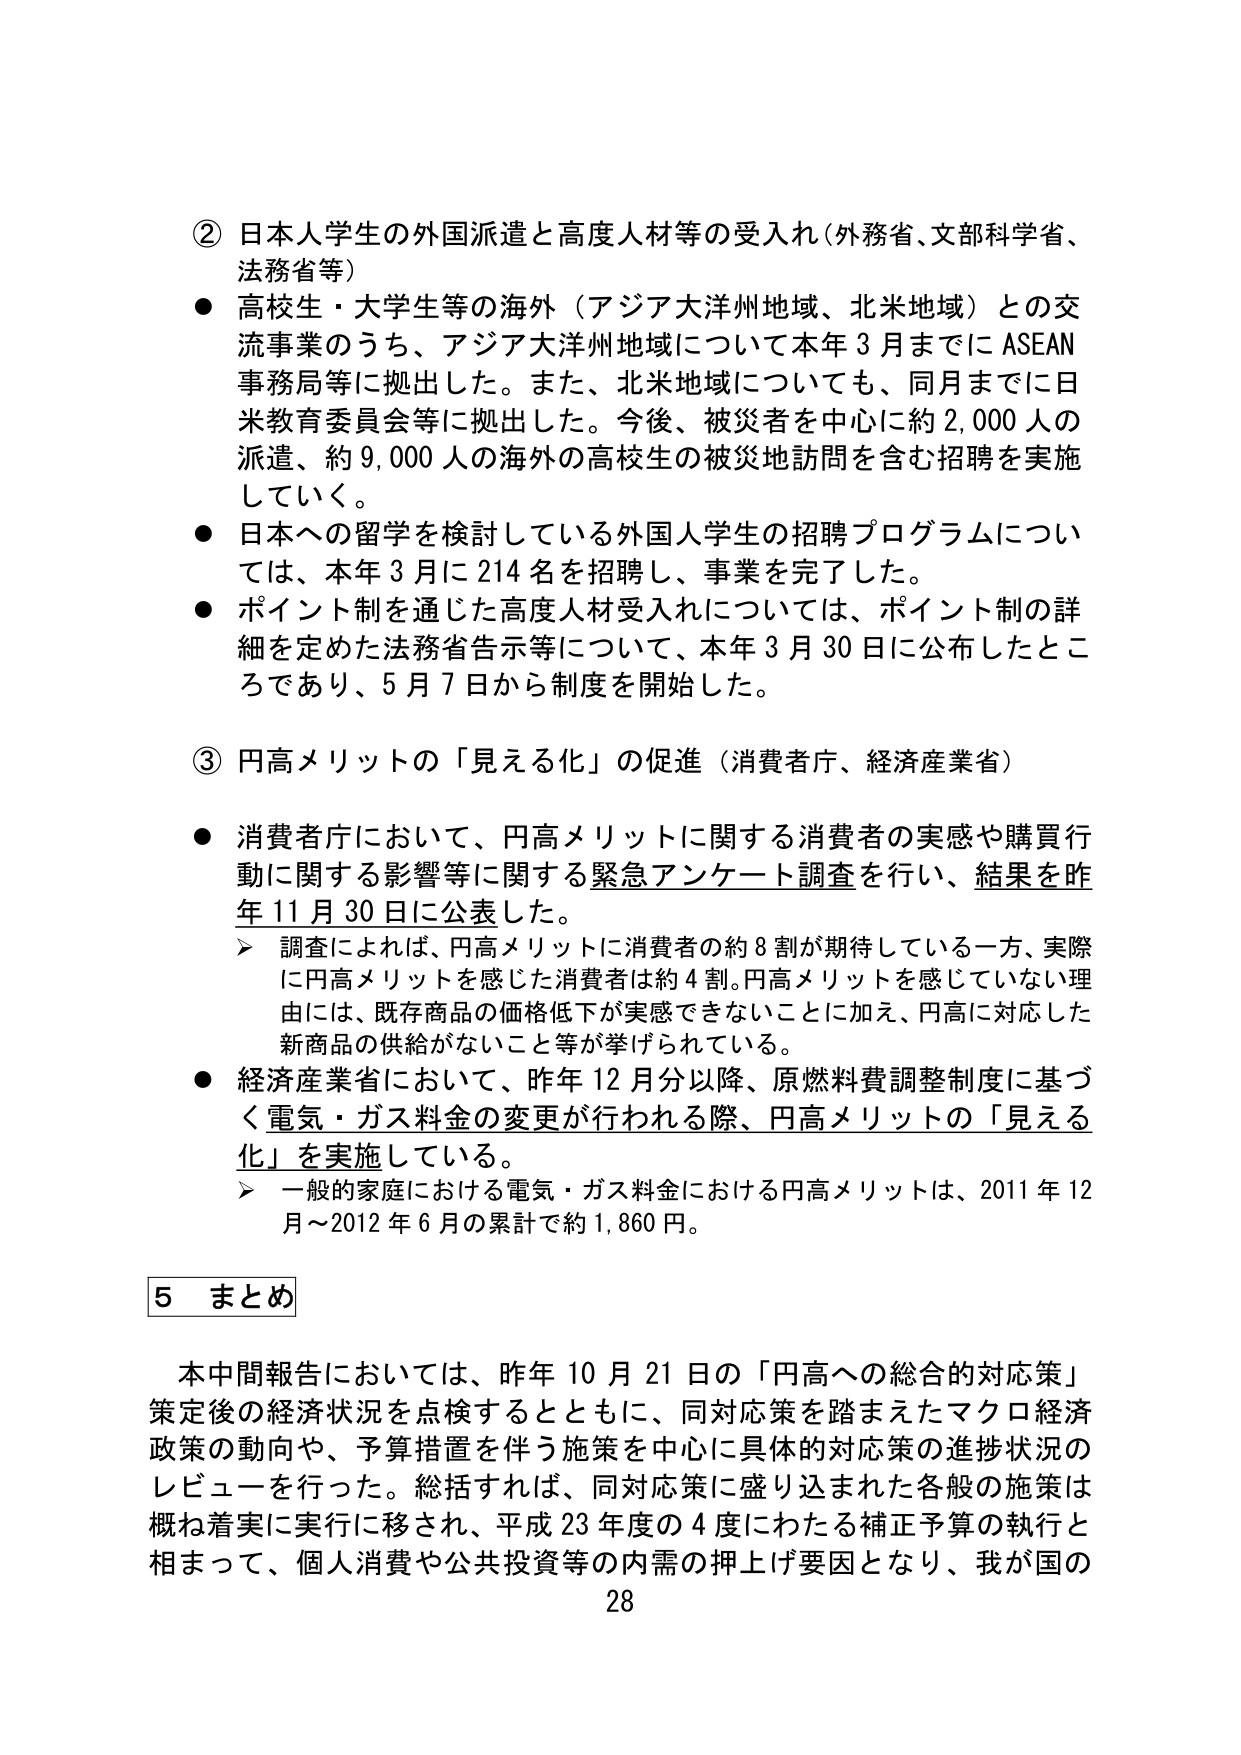
② 日本人学生の外国派遣と高度人材等の受入れ（外務省、文部科学省、法務省等）
● 高校生・大学生等の海外（アジア大洋州地域、北米地域）との交流事業のうち、アジア大洋州地域について本年３月までにASEAN事務局等に拠出した。また、北米地域についても、同月までに日米教育委員会等に拠出した。今後、被災者を中心に約2,000人の派遣、約9,000人の海外の高校生の被災地訪問を含む招聘を実施していく。
● 日本への留学を検討している外国人学生の招聘プログラムについては、本年３月に214名を招聘し、事業を完了した。
● ポイント制を通じた高度人材受入れについては、ポイント制の詳細を定めた法務省告示等について、本年３月30日に公布したところであり、５月７日から制度を開始した。

③ 円高メリットの「見える化」の促進（消費者庁、経済産業省）
● 消費者庁において、円高メリットに関する消費者の実感や購買行動に関する影響等に関する緊急アンケート調査を行い、結果を昨年11月30日に公表した。
　▶ 調査によれば、円高メリットに消費者の約8割が期待している一方、実際に円高メリットを感じた消費者は約4割。円高メリットを感じていない理由には、既存商品の価格低下が実感できないことに加え、円高に対応した新商品の供給がないこと等が挙げられている。
● 経済産業省において、昨年12月分以降、原燃料費調整制度に基づく電気・ガス料金の変更が行われる際、円高メリットの「見える化」を実施している。
　▶ 一般的家庭における電気・ガス料金における円高メリットは、2011年12月～2012年6月の累計で約1,860円。

５ まとめ
本中間報告においては、昨年10月21日の「円高への総合的対応策」策定後の経済状況を点検するとともに、同対応策を踏まえたマクロ経済政策の動向や、予算措置を伴う施策を中心に具体的対応策の進捗状況のレビューを行った。総括すれば、同対応策に盛り込まれた各般の施策は概ね着実に実行に移され、平成23年度の4度にわたる補正予算の執行と相まって、個人消費や公共投資等の内需の押上げ要因となり、我が国の

28